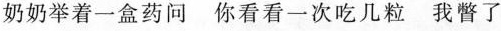
奶奶举着一盒药问 你看看一次吃几粒